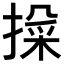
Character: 𫽱